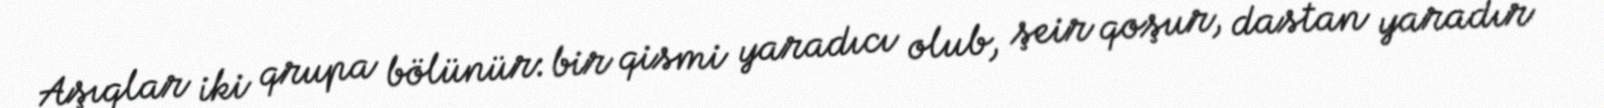
Aşıqlar iki qrupa bölünür: bir qismi yaradıcı olub, şeir qoşur, dastan yaradır